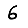
Digit: 6